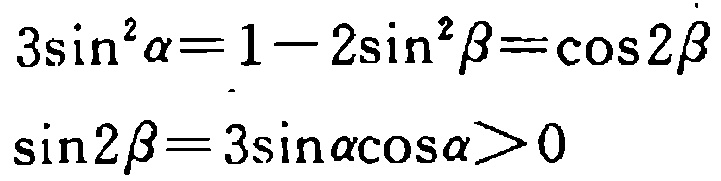
\[

\begin{align*}

3\sin^{2}\alpha&=1 - 2\sin^{2}\beta=\cos2\beta\\

\sin2\beta&=3\sin\alpha\cos\alpha>0

\end{align*}

\]